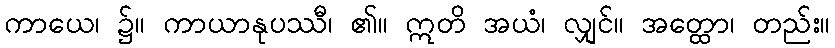
ကာယေ၊ ၌။ ကာယာနုပဿီ၊ ၏။ ဣတိ အယံ၊ လျှင်။ အတ္ထော၊ တည်း။